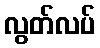
လွတ်လပ်